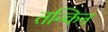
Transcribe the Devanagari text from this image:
तन्किन